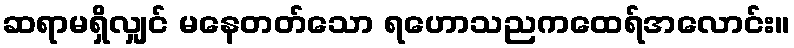
ဆရာမရှိလျှင် မနေတတ်သော ရဟောသညကထေရ်အလောင်း။